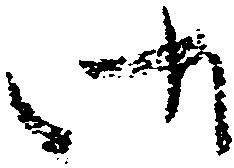
御